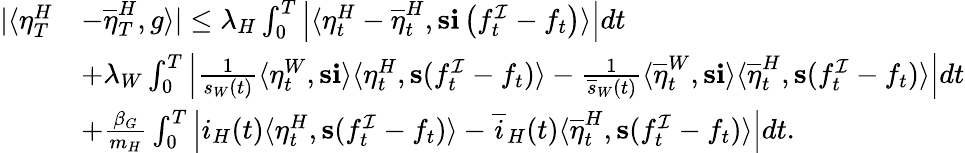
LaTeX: \begin{array}{rl}{|\langle\eta_{T}^{H}}&{-\overline{{\eta}}_{T}^{H},g\rangle|\leq\lambda_{H}\int_{0}^{T}\left|\langle\eta_{t}^{H}-\overline{{\eta}}_{t}^{H},\mathbf{s}\mathbf{i}\left(f_{t}^{\mathcal{I}}-f_{t}\right)\rangle\right|dt}\\ &{+\lambda_{W}\int_{0}^{T}\left|\frac{1}{s_{W}(t)}\langle\eta_{t}^{W},\mathbf{s}\mathbf{i}\rangle\langle\eta_{t}^{H},\mathbf{s}(f_{t}^{\mathcal{I}}-f_{t})\rangle-\frac{1}{\overline{{s}}_{W}(t)}\langle\overline{{\eta}}_{t}^{W},\mathbf{s}\mathbf{i}\rangle\langle\overline{{\eta}}_{t}^{H},\mathbf{s}(f_{t}^{\mathcal{I}}-f_{t})\rangle\right|dt}\\ &{+\frac{\beta_{G}}{m_{H}}\int_{0}^{T}\left|i_{H}(t)\langle\eta_{t}^{H},\mathbf{s}(f_{t}^{\mathcal{I}}-f_{t})\rangle-\overline{{i}}_{H}(t)\langle\overline{{\eta}}_{t}^{H},\mathbf{s}(f_{t}^{\mathcal{I}}-f_{t})\rangle\right|dt.}\end{array}